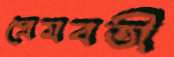
প্রেমবতী